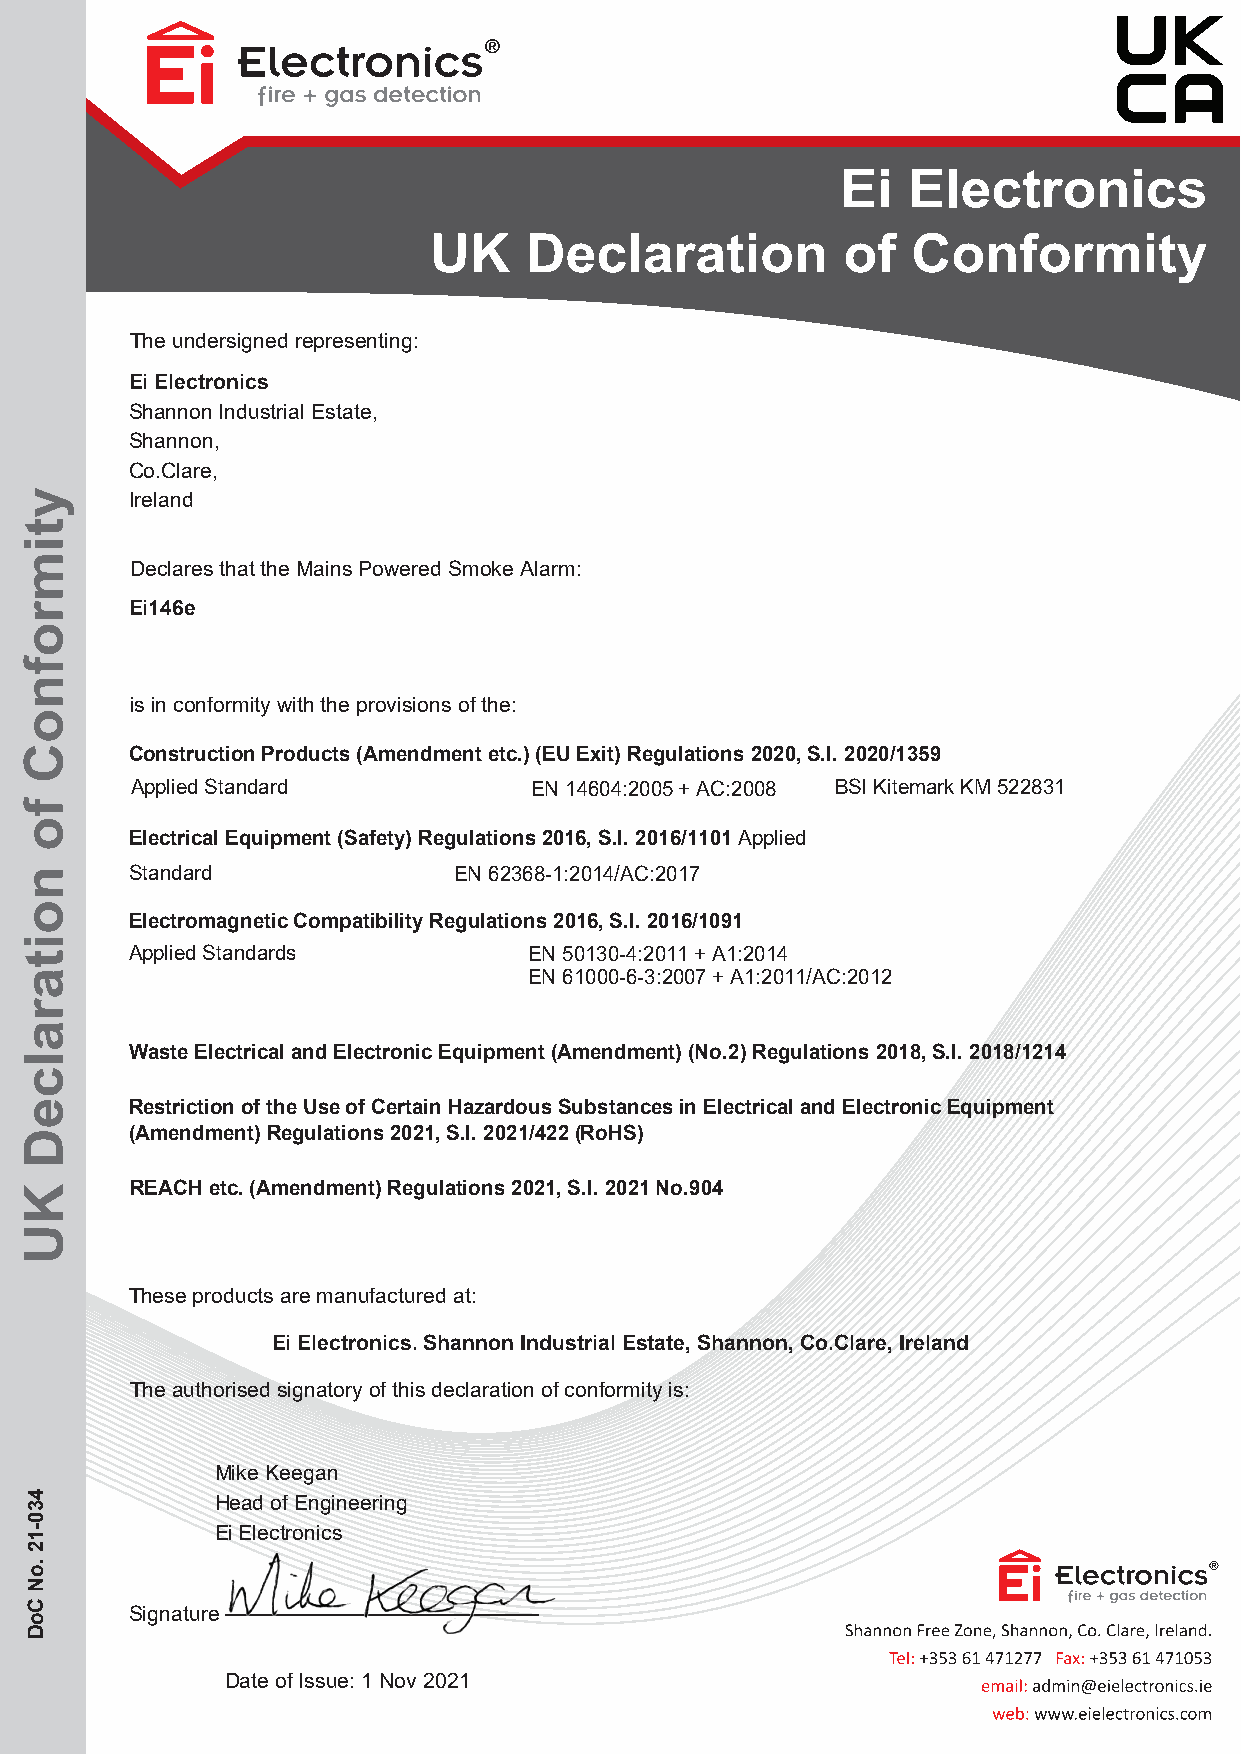
Ei  Electronics
 UK     Declaration          of  Conformity
 The undersigned representing:
 Ei Electronics
 Shannon Industrial Estate,
 Shannon,
 Co.Clare,
 Ireland
 Declares that the Mains Powered Smoke Alarm:
 Ei146e
 is in conformity with the provisions of the:
 Construction Products (Amendment etc.) (EU Exit) Regulations 2020, S.I. 2020/1359
 Applied Standard          EN 14604:2005 + AC:2008 BSI Kitemark KM 522831
 Electrical Equipment (Safety) Regulations 2016, S.I. 2016/1101 Applied
 Standard             EN 62368-1:2014/AC:2017
 Electromagnetic Compatibility Regulations 2016, S.I. 2016/1091
 Applied Standards         EN 50130-4:2011 + A1:2014
 EN 61000-6-3:2007 + A1:2011/AC:2012
 Waste Electrical and Electronic Equipment (Amendment) (No.2) Regulations 2018, S.I. 2018/1214
 Restriction of the Use of Certain Hazardous Substances in Electrical and Electronic Equipment
 (Amendment) Regulations 2021, S.I. 2021/422 (RoHS)
 REACH etc. (Amendment) Regulations 2021, S.I. 2021 No.904
 These products are manufactured at:
 Ei Electronics. Shannon Industrial Estate, Shannon, Co.Clare, Ireland
 The authorised signatory of this declaration of conformity is:
 Mike Keegan
 Head of Engineering
 Ei Electronics
 Signature
 Date of Issue: 1 Nov 2021
 ytimrofnoC
 fo
 noitaralceD
 KU
 430-12
 .oN
 CoD